Development of the parasite of Indian kala azar - Number 53
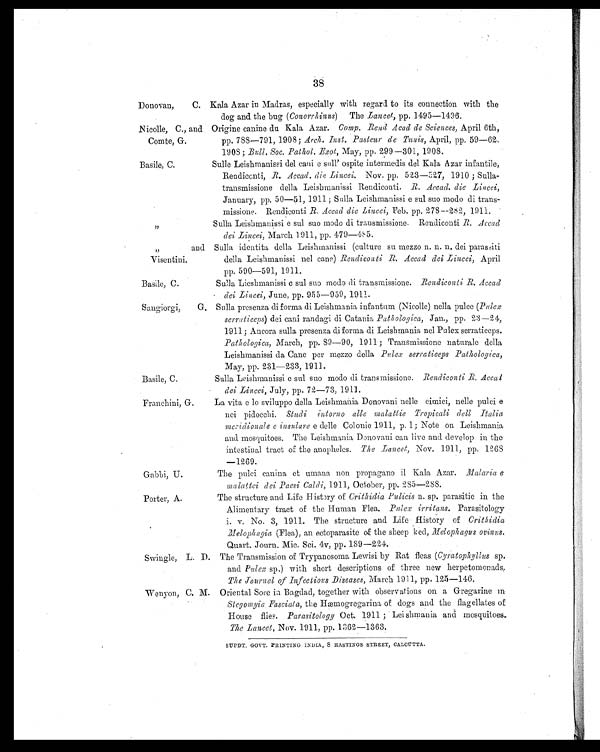
38
Donovan, C. Kala Azar in Madras, especially with regard to its connection with the
dog and the bug ( Conorrhinus ) The Lancet, pp. 1495—1496.
Nicolle, C., and
Comte, G.
Origine canine du Kala Azar. Comp. Rend Acad de Sciences, April 6th,
pp. 788—791, 1908; Arch. Inst. Pasteur de Tunis, April, pp. 59—62.
1908; Bull. Soc. Pathol. Exot, May, pp. 299–301, 1908.
Basile, C.
Sulle Leishmanissi del cani e sull' ospite intermedis del Kala Azar infantile,
Rendiconti, R. Accad. die Lincei. Nov. pp. 523—527, 1910 ; Sulla-
transmissione della Leishmanissi Rendiconti. R. Accad. die Lincei,
January, pp. 50—51, 1911 ; Sulla Leishmanissi e sul suo modo di trans-
missione. Rendiconti R. Accad die Lincei, Feb. pp. 278—282, 1911.
„
Sulla Leishmanissi e sul suo modo di transmissione. Rendiconti R. Accad
dei Lincei, March 1911, pp. 479—485.
„
and
Visentini.
Sulla identita della Leishmanissi (culture su mezzo n. n. n. dei parassiti
della Leishmanissi nel cane) Rendiconti R. Accad dei Lincei, April
pp. 590—591, 1911.
Basile, C.
Sulla Lieshmanissi c sul suo modo di transmissione. Rendiconti R. Accad
dei Lincei, June, pp. 955—959, 1911.
Sangiorgi, G. Sulla presenza di forma di Leishmania infantum (Nicolle) nella pulce ( Pulex
serraticeps ) dei cani randagi di Catania Pathologica, Jan., pp. 23—24,
1911; Ancora sulla presenza di forma di Leishmania nel Pulex serraticeps.
Pathologica, March, pp. 89—90, 1911 ; Transmissione naturale della
Leishmanissi da Cane per mezzo della Pulex serraticeps Pathologica,
May, pp. 231—233, 1911.
Basile, C.
Sulla Leishmanissi c sul suo modo di transmissione. Rendiconti R. Accad
dei Lincei, July, pp. 72—73, 1911.
Franchini, G.
La vita e lo sviluppo della Leishmania Donovani nelle cimici, nelle pulci e
nei pidocchi. Studi intorno
alle malattie Tropicali dell Italia
meridionale c insulare e delle Colonie 1911, p. 1; Note on Leishmania
and mosquitoes. The Leishmania Donovani can live and develop in the
intestinal tract of the anopheles. The Lancet, Nov. 1911, pp. 1268
—1269.
Gabbi, U.
The pulci canina et umana non propagano il Kala Azar. Malaria e
malattei dei Paesi Caldi, 1911, October, pp. 285—288.
Porter, A.
The structure and Life History of Crithidia Pulicis n. sp. parasitic in the
Alimentary tract of the Human Flea. Pulex irritans. Parasitology
i. v. No. 3, 1911. The structure and Life History of Crithidia
Melophagia (Flea), an ectoparasite of the sheep ked, Melophagus ovinus.
Quart. Journ. Mic. Sci. 4v, pp. 189—224.
Swingle, L. D. The Transmission of Trypanosoma Lewisi by Rat fleas ( Cyratophyllus sp.
and Pulex sp.) with short descriptions of three new herpetomonads.
The Journal of Infectious Diseases, March 1911, pp. 125—146.
Wenyon, C. M. Oriental Sore in Bagdad, together with observations on a Gregarine in
Stegomyia Fasciata, the Hæmogregarina of dogs and the flagellates of
House flies. Parasitology Oct. 1911 ; Leishmania and mosquitoes.
The Lancet, Nov. 1911, pp. 1362—1363.
SUPDT. GOVT. PRINTING INDIA, 8 HASTINGS STREET, CALCUTTA.